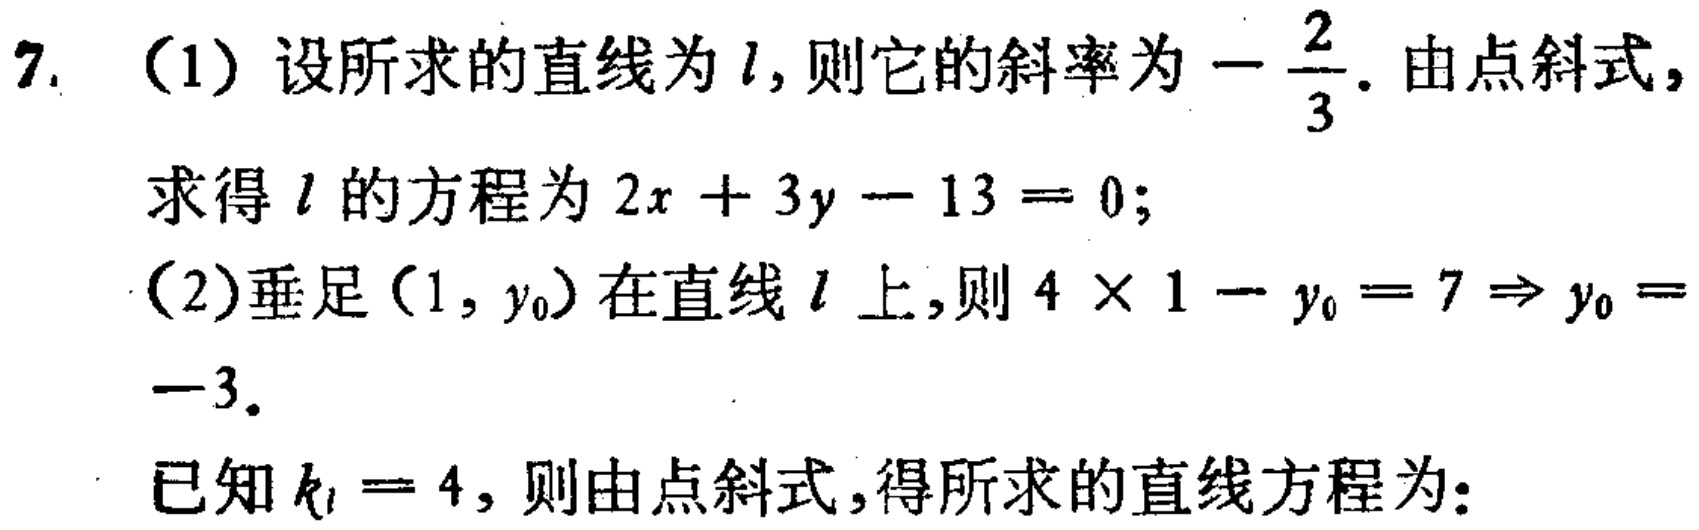
7. （1）设所求的直线为\(l\)，则它的斜率为\(-\frac{2}{3}\)。由点斜式，
求得\(l\)的方程为\(2x + 3y - 13 = 0\)；
（2）垂足\((1,y_0)\)在直线\(l\)上，则\(4\times 1 - y_0 = 7\Rightarrow y_0 =
-3\)。
已知\(k_l = 4\)，则由点斜式，得所求的直线方程为：